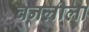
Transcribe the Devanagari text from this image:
वनलीला